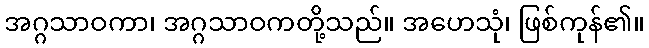
အဂ္ဂသာဝကာ၊ အဂ္ဂသာဝကတို့သည်။ အဟေသုံ၊ ဖြစ်ကုန်၏။